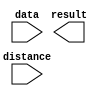
// megafunction wizard: %LPM_CLSHIFT%VBB%
// GENERATION: STANDARD
// VERSION: WM1.0
// MODULE: LPM_CLSHIFT 

// ============================================================
// Megafunction Name(s):
// 			LPM_CLSHIFT
//
// Simulation Library Files(s):
// 			
// ============================================================
// ************************************************************
// THIS IS A WIZARD-GENERATED FILE. DO NOT EDIT THIS FILE!
//
// 13.1.0 Build 162 10/23/2013 SJ Web Edition
// ************************************************************

//Copyright (C) 1991-2013 Altera Corporation
//Your use of Altera Corporation's design tools, logic functions 
//and other software and tools, and its AMPP partner logic 
//functions, and any output files from any of the foregoing 
//(including device programming or simulation files), and any 
//associated documentation or information are expressly subject 
//to the terms and conditions of the Altera Program License 
//Subscription Agreement, Altera MegaCore Function License 
//Agreement, or other applicable license agreement, including, 
//without limitation, that your use is for the sole purpose of 
//programming logic devices manufactured by Altera and sold by 
//Altera or its authorized distributors.  Please refer to the 
//applicable agreement for further details.

module lpm_clshift0 (
	data,
	distance,
	result);

	input	[7:0]  data;
	input	[2:0]  distance;
	output	[7:0]  result;

endmodule

// ============================================================
// CNX file retrieval info
// ============================================================
// Retrieval info: PRIVATE: INTENDED_DEVICE_FAMILY STRING "MAX V"
// Retrieval info: PRIVATE: LPM_SHIFTTYPE NUMERIC "0"
// Retrieval info: PRIVATE: LPM_WIDTH NUMERIC "8"
// Retrieval info: PRIVATE: SYNTH_WRAPPER_GEN_POSTFIX STRING "0"
// Retrieval info: PRIVATE: lpm_widthdist NUMERIC "3"
// Retrieval info: PRIVATE: lpm_widthdist_style NUMERIC "0"
// Retrieval info: PRIVATE: new_diagram STRING "1"
// Retrieval info: PRIVATE: port_direction NUMERIC "1"
// Retrieval info: LIBRARY: lpm lpm.lpm_components.all
// Retrieval info: CONSTANT: LPM_SHIFTTYPE STRING "LOGICAL"
// Retrieval info: CONSTANT: LPM_TYPE STRING "LPM_CLSHIFT"
// Retrieval info: CONSTANT: LPM_WIDTH NUMERIC "8"
// Retrieval info: CONSTANT: LPM_WIDTHDIST NUMERIC "3"
// Retrieval info: USED_PORT: data 0 0 8 0 INPUT NODEFVAL "data[7..0]"
// Retrieval info: USED_PORT: distance 0 0 3 0 INPUT NODEFVAL "distance[2..0]"
// Retrieval info: USED_PORT: result 0 0 8 0 OUTPUT NODEFVAL "result[7..0]"
// Retrieval info: CONNECT: @data 0 0 8 0 data 0 0 8 0
// Retrieval info: CONNECT: @direction 0 0 0 0 VCC 0 0 0 0
// Retrieval info: CONNECT: @distance 0 0 3 0 distance 0 0 3 0
// Retrieval info: CONNECT: result 0 0 8 0 @result 0 0 8 0
// Retrieval info: GEN_FILE: TYPE_NORMAL lpm_clshift0.v TRUE
// Retrieval info: GEN_FILE: TYPE_NORMAL lpm_clshift0.inc FALSE
// Retrieval info: GEN_FILE: TYPE_NORMAL lpm_clshift0.cmp FALSE
// Retrieval info: GEN_FILE: TYPE_NORMAL lpm_clshift0.bsf TRUE FALSE
// Retrieval info: GEN_FILE: TYPE_NORMAL lpm_clshift0_inst.v FALSE
// Retrieval info: GEN_FILE: TYPE_NORMAL lpm_clshift0_bb.v TRUE